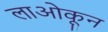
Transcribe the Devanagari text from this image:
लाओकून